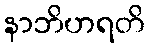
နာဘိဟရတိ